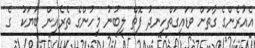
އެއުރެންގެ ގާތަށް ވަޑައިގަތްހިނދު ފޮތް ލިބުނު މީހުންގެ ތެރެއިން ބަޔަކު  ގެ